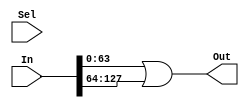
//-----------------------------------------------------------------------------
//-- (c) Copyright 2006 - 2009 Xilinx, Inc. All rights reserved.
//--
//-- This file contains confidential and proprietary information
//-- of Xilinx, Inc. and is protected under U.S. and
//-- international copyright and other intellectual property
//-- laws.
//--
//-- DISCLAIMER
//-- This disclaimer is not a license and does not grant any
//-- rights to the materials distributed herewith. Except as
//-- otherwise provided in a valid license issued to you by
//-- Xilinx, and to the maximum extent permitted by applicable
//-- law: (1) THESE MATERIALS ARE MADE AVAILABLE "AS IS" AND
//-- WITH ALL FAULTS, AND XILINX HEREBY DISCLAIMS ALL WARRANTIES
//-- AND CONDITIONS, EXPRESS, IMPLIED, OR STATUTORY, INCLUDING
//-- BUT NOT LIMITED TO WARRANTIES OF MERCHANTABILITY, NON-
//-- INFRINGEMENT, OR FITNESS FOR ANY PARTICULAR PURPOSE; and
//-- (2) Xilinx shall not be liable (whether in contract or tort,
//-- including negligence, or under any other theory of
//-- liability) for any loss or damage of any kind or nature
//-- related to, arising under or in connection with these
//-- materials, including for any direct, or any indirect,
//-- special, incidental, or consequential loss or damage
//-- (including loss of data, profits, goodwill, or any type of
//-- loss or damage suffered as a result of any action brought
//-- by a third party) even if such damage or loss was
//-- reasonably foreseeable or Xilinx had been advised of the
//-- possibility of the same.
//--
//-- CRITICAL APPLICATIONS
//-- Xilinx products are not designed or intended to be fail-
//-- safe, or for use in any application requiring fail-safe
//-- performance, such as life-support or safety devices or
//-- systems, Class III medical devices, nuclear facilities,
//-- applications related to the deployment of airbags, or any
//-- other applications that could lead to death, personal
//-- injury, or severe property or environmental damage
//-- (individually and collectively, "Critical
//-- Applications"). Customer assumes the sole risk and
//-- liability of any use of Xilinx products in Critical
//-- Applications, subject only to applicable laws and
//-- regulations governing limitations on product liability.
//--
//-- THIS COPYRIGHT NOTICE AND DISCLAIMER MUST BE RETAINED AS
//-- PART OF THIS FILE AT ALL TIMES.
//-----------------------------------------------------------------------------
// MPMC Data Path
//-------------------------------------------------------------------------

// Description:    
//   Data Path for MPMC
//
// Structure:
//   mpmc_data_path
//     mpmc_write_fifo
//       mpmc_bram_fifo
//         mpmc_ramb16_sx_sx
//       mpmc_srl_fifo
//     mpmc_read_fifo
//       mpmc_bram_fifo
//         mpmc_ramb16_sx_sx
//       mpmc_srl_fifo
//     
//--------------------------------------------------------------------------
//
// History:
//   06/15/2007 Initial Version
//
//--------------------------------------------------------------------------

`timescale 1ns/1ps

module mpmc_srl_fifo_nto1_ormux #
  (
   parameter C_RATIO         = 2,
   parameter C_SEL_WIDTH     = 1,
   parameter C_DATAOUT_WIDTH = 64
   )
  (
   input  [C_SEL_WIDTH-1:0]             Sel,
   input  [C_RATIO*C_DATAOUT_WIDTH-1:0] In,
   output [C_DATAOUT_WIDTH-1:0]         Out
   );
  generate
    if          (C_RATIO ==  1) begin : gen_1to1
      assign Out = In;
    end else if (C_RATIO ==  2) begin : gen_2to1
      assign Out = In[C_DATAOUT_WIDTH*1-1:C_DATAOUT_WIDTH*0] |
                   In[C_DATAOUT_WIDTH*2-1:C_DATAOUT_WIDTH*1];
    end else if (C_RATIO ==  3) begin : gen_3to1
      assign Out = In[C_DATAOUT_WIDTH*1-1:C_DATAOUT_WIDTH*0] |
                   In[C_DATAOUT_WIDTH*2-1:C_DATAOUT_WIDTH*1] |
                   In[C_DATAOUT_WIDTH*3-1:C_DATAOUT_WIDTH*2];
    end else if (C_RATIO ==  4) begin : gen_4to1
      assign Out = In[C_DATAOUT_WIDTH*1-1:C_DATAOUT_WIDTH*0] |
                   In[C_DATAOUT_WIDTH*2-1:C_DATAOUT_WIDTH*1] |
                   In[C_DATAOUT_WIDTH*3-1:C_DATAOUT_WIDTH*2] |
                   In[C_DATAOUT_WIDTH*4-1:C_DATAOUT_WIDTH*3];
    end else if (C_RATIO ==  5) begin : gen_5to1
      assign Out = In[C_DATAOUT_WIDTH*1-1:C_DATAOUT_WIDTH*0] |
                   In[C_DATAOUT_WIDTH*2-1:C_DATAOUT_WIDTH*1] |
                   In[C_DATAOUT_WIDTH*3-1:C_DATAOUT_WIDTH*2] |
                   In[C_DATAOUT_WIDTH*4-1:C_DATAOUT_WIDTH*3] |
                   In[C_DATAOUT_WIDTH*5-1:C_DATAOUT_WIDTH*4];
    end else if (C_RATIO ==  6) begin : gen_6to1
      assign Out = In[C_DATAOUT_WIDTH*1-1:C_DATAOUT_WIDTH*0] |
                   In[C_DATAOUT_WIDTH*2-1:C_DATAOUT_WIDTH*1] |
                   In[C_DATAOUT_WIDTH*3-1:C_DATAOUT_WIDTH*2] |
                   In[C_DATAOUT_WIDTH*4-1:C_DATAOUT_WIDTH*3] |
                   In[C_DATAOUT_WIDTH*5-1:C_DATAOUT_WIDTH*4] |
                   In[C_DATAOUT_WIDTH*6-1:C_DATAOUT_WIDTH*5];
    end else if (C_RATIO ==  7) begin : gen_7to1
      assign Out = In[C_DATAOUT_WIDTH*1-1:C_DATAOUT_WIDTH*0] |
                   In[C_DATAOUT_WIDTH*2-1:C_DATAOUT_WIDTH*1] |
                   In[C_DATAOUT_WIDTH*3-1:C_DATAOUT_WIDTH*2] |
                   In[C_DATAOUT_WIDTH*4-1:C_DATAOUT_WIDTH*3] |
                   In[C_DATAOUT_WIDTH*5-1:C_DATAOUT_WIDTH*4] |
                   In[C_DATAOUT_WIDTH*6-1:C_DATAOUT_WIDTH*5] |
                   In[C_DATAOUT_WIDTH*7-1:C_DATAOUT_WIDTH*6];
    end else if (C_RATIO ==  8) begin : gen_8to1
      assign Out = In[C_DATAOUT_WIDTH*1-1:C_DATAOUT_WIDTH*0] |
                   In[C_DATAOUT_WIDTH*2-1:C_DATAOUT_WIDTH*1] |
                   In[C_DATAOUT_WIDTH*3-1:C_DATAOUT_WIDTH*2] |
                   In[C_DATAOUT_WIDTH*4-1:C_DATAOUT_WIDTH*3] |
                   In[C_DATAOUT_WIDTH*5-1:C_DATAOUT_WIDTH*4] |
                   In[C_DATAOUT_WIDTH*6-1:C_DATAOUT_WIDTH*5] |
                   In[C_DATAOUT_WIDTH*7-1:C_DATAOUT_WIDTH*6] |
                   In[C_DATAOUT_WIDTH*8-1:C_DATAOUT_WIDTH*7];
    end else if (C_RATIO == 9) begin : gen_9to1
      assign Out = In[C_DATAOUT_WIDTH*1-1:C_DATAOUT_WIDTH*0] |
                   In[C_DATAOUT_WIDTH*2-1:C_DATAOUT_WIDTH*1] |
                   In[C_DATAOUT_WIDTH*3-1:C_DATAOUT_WIDTH*2] |
                   In[C_DATAOUT_WIDTH*4-1:C_DATAOUT_WIDTH*3] |
                   In[C_DATAOUT_WIDTH*5-1:C_DATAOUT_WIDTH*4] |
                   In[C_DATAOUT_WIDTH*6-1:C_DATAOUT_WIDTH*5] |
                   In[C_DATAOUT_WIDTH*7-1:C_DATAOUT_WIDTH*6] |
                   In[C_DATAOUT_WIDTH*8-1:C_DATAOUT_WIDTH*7] |
                   In[C_DATAOUT_WIDTH*9-1:C_DATAOUT_WIDTH*8];
    end else if (C_RATIO == 10) begin : gen_10to1
      assign Out = In[C_DATAOUT_WIDTH*1-1:C_DATAOUT_WIDTH*0] |
                   In[C_DATAOUT_WIDTH*2-1:C_DATAOUT_WIDTH*1] |
                   In[C_DATAOUT_WIDTH*3-1:C_DATAOUT_WIDTH*2] |
                   In[C_DATAOUT_WIDTH*4-1:C_DATAOUT_WIDTH*3] |
                   In[C_DATAOUT_WIDTH*5-1:C_DATAOUT_WIDTH*4] |
                   In[C_DATAOUT_WIDTH*6-1:C_DATAOUT_WIDTH*5] |
                   In[C_DATAOUT_WIDTH*7-1:C_DATAOUT_WIDTH*6] |
                   In[C_DATAOUT_WIDTH*8-1:C_DATAOUT_WIDTH*7] |
                   In[C_DATAOUT_WIDTH*9-1:C_DATAOUT_WIDTH*8] |
                   In[C_DATAOUT_WIDTH*10-1:C_DATAOUT_WIDTH*9];
    end else if (C_RATIO == 11) begin : gen_11to1
      assign Out = In[C_DATAOUT_WIDTH*1-1:C_DATAOUT_WIDTH*0] |
                   In[C_DATAOUT_WIDTH*2-1:C_DATAOUT_WIDTH*1] |
                   In[C_DATAOUT_WIDTH*3-1:C_DATAOUT_WIDTH*2] |
                   In[C_DATAOUT_WIDTH*4-1:C_DATAOUT_WIDTH*3] |
                   In[C_DATAOUT_WIDTH*5-1:C_DATAOUT_WIDTH*4] |
                   In[C_DATAOUT_WIDTH*6-1:C_DATAOUT_WIDTH*5] |
                   In[C_DATAOUT_WIDTH*7-1:C_DATAOUT_WIDTH*6] |
                   In[C_DATAOUT_WIDTH*8-1:C_DATAOUT_WIDTH*7] |
                   In[C_DATAOUT_WIDTH*9-1:C_DATAOUT_WIDTH*8] |
                   In[C_DATAOUT_WIDTH*10-1:C_DATAOUT_WIDTH*9] |
                   In[C_DATAOUT_WIDTH*11-1:C_DATAOUT_WIDTH*10];
    end else if (C_RATIO == 12) begin : gen_12to1
      assign Out = In[C_DATAOUT_WIDTH*1-1:C_DATAOUT_WIDTH*0] |
                   In[C_DATAOUT_WIDTH*2-1:C_DATAOUT_WIDTH*1] |
                   In[C_DATAOUT_WIDTH*3-1:C_DATAOUT_WIDTH*2] |
                   In[C_DATAOUT_WIDTH*4-1:C_DATAOUT_WIDTH*3] |
                   In[C_DATAOUT_WIDTH*5-1:C_DATAOUT_WIDTH*4] |
                   In[C_DATAOUT_WIDTH*6-1:C_DATAOUT_WIDTH*5] |
                   In[C_DATAOUT_WIDTH*7-1:C_DATAOUT_WIDTH*6] |
                   In[C_DATAOUT_WIDTH*8-1:C_DATAOUT_WIDTH*7] |
                   In[C_DATAOUT_WIDTH*9-1:C_DATAOUT_WIDTH*8] |
                   In[C_DATAOUT_WIDTH*10-1:C_DATAOUT_WIDTH*9] |
                   In[C_DATAOUT_WIDTH*11-1:C_DATAOUT_WIDTH*10] |
                   In[C_DATAOUT_WIDTH*12-1:C_DATAOUT_WIDTH*11];
    end else if (C_RATIO == 13) begin : gen_13to1
      assign Out = In[C_DATAOUT_WIDTH*1-1:C_DATAOUT_WIDTH*0] |
                   In[C_DATAOUT_WIDTH*2-1:C_DATAOUT_WIDTH*1] |
                   In[C_DATAOUT_WIDTH*3-1:C_DATAOUT_WIDTH*2] |
                   In[C_DATAOUT_WIDTH*4-1:C_DATAOUT_WIDTH*3] |
                   In[C_DATAOUT_WIDTH*5-1:C_DATAOUT_WIDTH*4] |
                   In[C_DATAOUT_WIDTH*6-1:C_DATAOUT_WIDTH*5] |
                   In[C_DATAOUT_WIDTH*7-1:C_DATAOUT_WIDTH*6] |
                   In[C_DATAOUT_WIDTH*8-1:C_DATAOUT_WIDTH*7] |
                   In[C_DATAOUT_WIDTH*9-1:C_DATAOUT_WIDTH*8] |
                   In[C_DATAOUT_WIDTH*10-1:C_DATAOUT_WIDTH*9] |
                   In[C_DATAOUT_WIDTH*11-1:C_DATAOUT_WIDTH*10] |
                   In[C_DATAOUT_WIDTH*12-1:C_DATAOUT_WIDTH*11] |
                   In[C_DATAOUT_WIDTH*13-1:C_DATAOUT_WIDTH*12];
    end else if (C_RATIO == 14) begin : gen_14to1
      assign Out = In[C_DATAOUT_WIDTH*1-1:C_DATAOUT_WIDTH*0] |
                   In[C_DATAOUT_WIDTH*2-1:C_DATAOUT_WIDTH*1] |
                   In[C_DATAOUT_WIDTH*3-1:C_DATAOUT_WIDTH*2] |
                   In[C_DATAOUT_WIDTH*4-1:C_DATAOUT_WIDTH*3] |
                   In[C_DATAOUT_WIDTH*5-1:C_DATAOUT_WIDTH*4] |
                   In[C_DATAOUT_WIDTH*6-1:C_DATAOUT_WIDTH*5] |
                   In[C_DATAOUT_WIDTH*7-1:C_DATAOUT_WIDTH*6] |
                   In[C_DATAOUT_WIDTH*8-1:C_DATAOUT_WIDTH*7] |
                   In[C_DATAOUT_WIDTH*9-1:C_DATAOUT_WIDTH*8] |
                   In[C_DATAOUT_WIDTH*10-1:C_DATAOUT_WIDTH*9] |
                   In[C_DATAOUT_WIDTH*11-1:C_DATAOUT_WIDTH*10] |
                   In[C_DATAOUT_WIDTH*12-1:C_DATAOUT_WIDTH*11] |
                   In[C_DATAOUT_WIDTH*13-1:C_DATAOUT_WIDTH*12] |
                   In[C_DATAOUT_WIDTH*14-1:C_DATAOUT_WIDTH*13];
    end else if (C_RATIO == 15) begin : gen_15to1
      assign Out = In[C_DATAOUT_WIDTH*1-1:C_DATAOUT_WIDTH*0] |
                   In[C_DATAOUT_WIDTH*2-1:C_DATAOUT_WIDTH*1] |
                   In[C_DATAOUT_WIDTH*3-1:C_DATAOUT_WIDTH*2] |
                   In[C_DATAOUT_WIDTH*4-1:C_DATAOUT_WIDTH*3] |
                   In[C_DATAOUT_WIDTH*5-1:C_DATAOUT_WIDTH*4] |
                   In[C_DATAOUT_WIDTH*6-1:C_DATAOUT_WIDTH*5] |
                   In[C_DATAOUT_WIDTH*7-1:C_DATAOUT_WIDTH*6] |
                   In[C_DATAOUT_WIDTH*8-1:C_DATAOUT_WIDTH*7] |
                   In[C_DATAOUT_WIDTH*9-1:C_DATAOUT_WIDTH*8] |
                   In[C_DATAOUT_WIDTH*10-1:C_DATAOUT_WIDTH*9] |
                   In[C_DATAOUT_WIDTH*11-1:C_DATAOUT_WIDTH*10] |
                   In[C_DATAOUT_WIDTH*12-1:C_DATAOUT_WIDTH*11] |
                   In[C_DATAOUT_WIDTH*13-1:C_DATAOUT_WIDTH*12] |
                   In[C_DATAOUT_WIDTH*14-1:C_DATAOUT_WIDTH*13] |
                   In[C_DATAOUT_WIDTH*15-1:C_DATAOUT_WIDTH*14];
    end else if (C_RATIO == 16) begin : gen_16to1
      assign Out = In[C_DATAOUT_WIDTH*1-1:C_DATAOUT_WIDTH*0] |
                   In[C_DATAOUT_WIDTH*2-1:C_DATAOUT_WIDTH*1] |
                   In[C_DATAOUT_WIDTH*3-1:C_DATAOUT_WIDTH*2] |
                   In[C_DATAOUT_WIDTH*4-1:C_DATAOUT_WIDTH*3] |
                   In[C_DATAOUT_WIDTH*5-1:C_DATAOUT_WIDTH*4] |
                   In[C_DATAOUT_WIDTH*6-1:C_DATAOUT_WIDTH*5] |
                   In[C_DATAOUT_WIDTH*7-1:C_DATAOUT_WIDTH*6] |
                   In[C_DATAOUT_WIDTH*8-1:C_DATAOUT_WIDTH*7] |
                   In[C_DATAOUT_WIDTH*9-1:C_DATAOUT_WIDTH*8] |
                   In[C_DATAOUT_WIDTH*10-1:C_DATAOUT_WIDTH*9] |
                   In[C_DATAOUT_WIDTH*11-1:C_DATAOUT_WIDTH*10] |
                   In[C_DATAOUT_WIDTH*12-1:C_DATAOUT_WIDTH*11] |
                   In[C_DATAOUT_WIDTH*13-1:C_DATAOUT_WIDTH*12] |
                   In[C_DATAOUT_WIDTH*14-1:C_DATAOUT_WIDTH*13] |
                   In[C_DATAOUT_WIDTH*15-1:C_DATAOUT_WIDTH*14] |
                   In[C_DATAOUT_WIDTH*16-1:C_DATAOUT_WIDTH*15];
    end
  endgenerate
endmodule // mpmc_srl_fifo_nto1_ormux